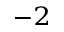
^ { - 2 }